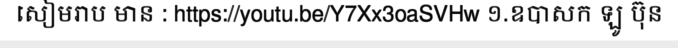
សៀមរាប មាន : https://youtu.be/Y7Xx3oaSVHw ១.ឧបាសក ឡូ ប៊ុន